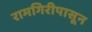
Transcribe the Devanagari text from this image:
रामगिरीपासून